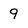
Character: 9